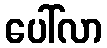
ပေါ်လာ